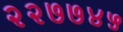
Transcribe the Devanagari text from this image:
२२७७४५